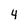
Character: 4